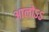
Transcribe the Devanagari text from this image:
आलोऽऽ